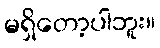
မရှိတော့ပါဘူး။